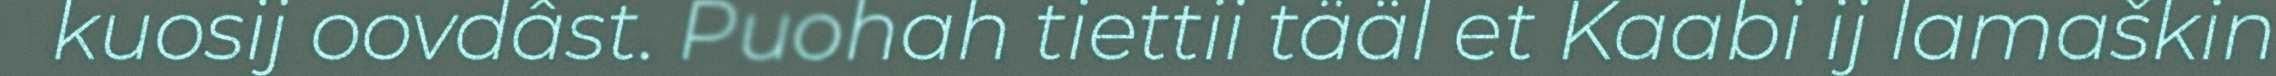
kuosij oovdâst. Puohah tiettii tääl et Kaabi ij lamaškin